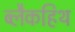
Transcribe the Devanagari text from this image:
ब्लैकहिथ